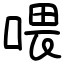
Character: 喂